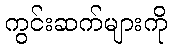
ကွင်းဆက်များကို